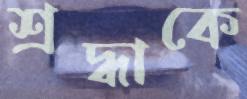
শ্রদ্ধাকে